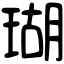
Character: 瑚